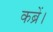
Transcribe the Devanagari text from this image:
कब्रें।